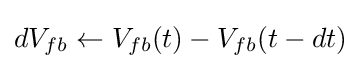
dV_{fb}\leftarrow V_{fb}(t)-V_{fb}(t-dt)